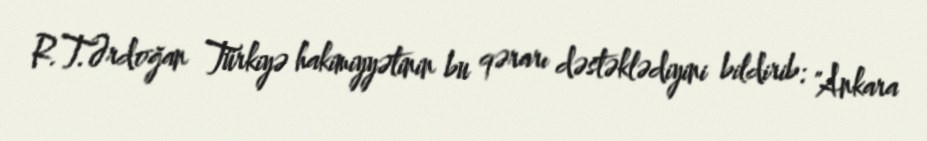
R.T.Ərdoğan Türkiyə hakimiyyətinin bu qərarı dəstəklədiyini bildirib: "Ankara